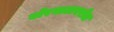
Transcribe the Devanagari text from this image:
बोरघाटावरील